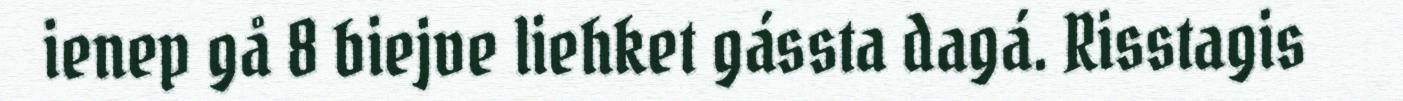
ienep gå 8 biejve liehket gássta dagá. Risstagis